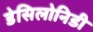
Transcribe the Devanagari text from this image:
डेसिलोनिडी